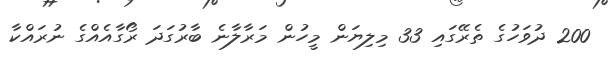
200 ދުވަހުގެ ތެރޭގައި 33 މިލިޔަން މީހުން މަރާލާނެ ބާރުގަދަ ރޯގާއެއްގެ ނުރައްކާ